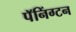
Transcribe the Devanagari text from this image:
पॅनिंग्टन